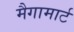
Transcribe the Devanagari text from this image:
मैगामार्ट